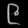
Digit: ၉